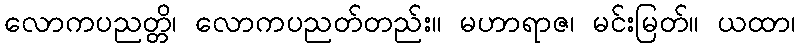
လောကပညတ္တိ၊ လောကပညတ်တည်း။ မဟာရာဇ၊ မင်းမြတ်။ ယထာ၊